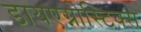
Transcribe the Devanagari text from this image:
डायएग्नोस्टिक्स